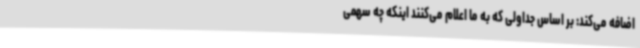
اضافه می‌کند: بر اساس جداولی که به ما اعلام می‌کنند اینکه چه سهمی